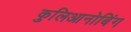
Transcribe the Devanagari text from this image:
कुलिआनोबिंग